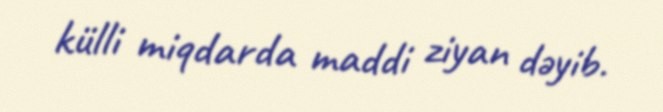
külli miqdarda maddi ziyan dəyib.